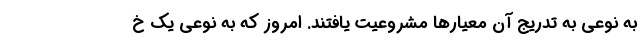
به نوعی به تدریج آن معیارها مشروعیت یافتند. امروز که به نوعی یک خ